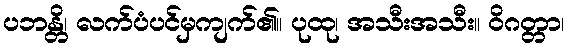
ပဘန္တိ၊ လက်ပံပင်မှကျက်၏။ ပုထု၊ အသီးအသီး။ ဝိဂတ္တာ၊